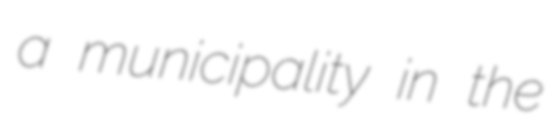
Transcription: a municipality in the